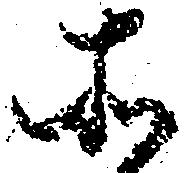
そ